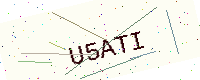
Text: U5ATI